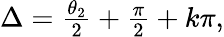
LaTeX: \begin{array}{r}{\Delta=\frac{\theta_{2}}{2}+\frac{\pi}{2}+k\pi,}\end{array}